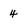
Character: 4